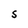
Character: S